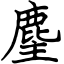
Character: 麈